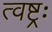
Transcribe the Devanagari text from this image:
त्वष्ट्रः